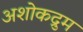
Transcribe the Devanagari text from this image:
अशोकद्रुम